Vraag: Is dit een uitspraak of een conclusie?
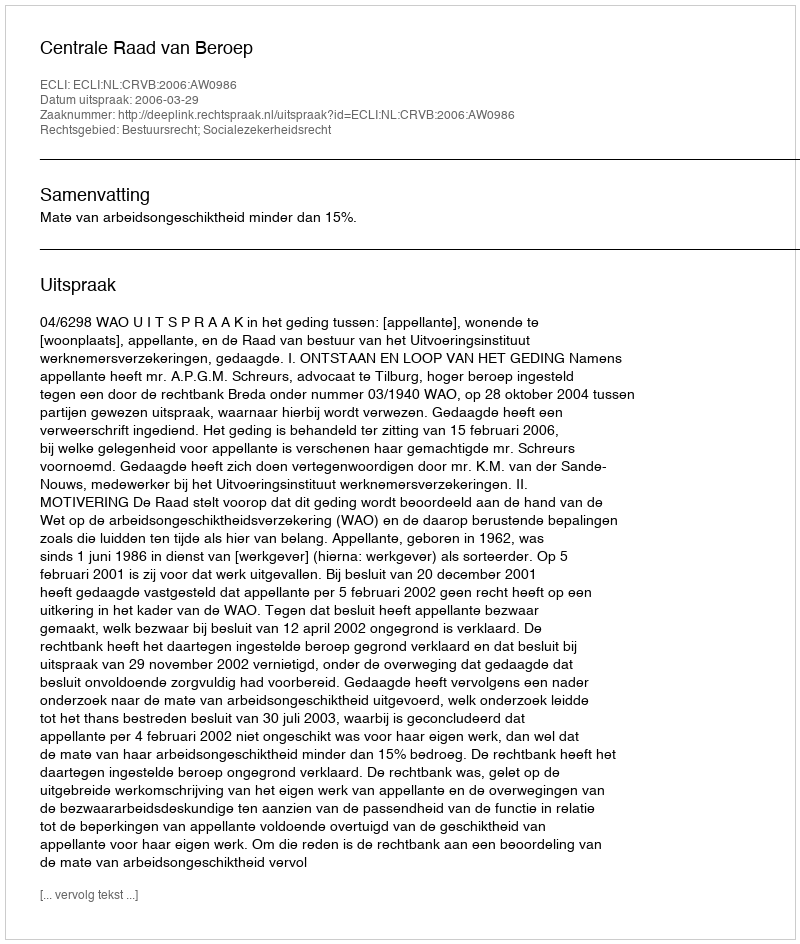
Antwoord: Uitspraak